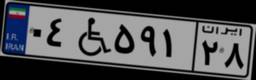
۰۴W۵۹۱۲۸